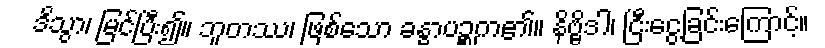
ဒိသွာ၊ မြင်ပြီး၍။ ဘူတဿ၊ ဖြစ်သော ခန္ဓာပဉ္စက၏။ နိဗ္ဗိဒါ၊ ငြီးငွေ့ခြင်းကြောင့်။